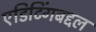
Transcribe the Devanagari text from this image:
एडिटिंगबद्दल